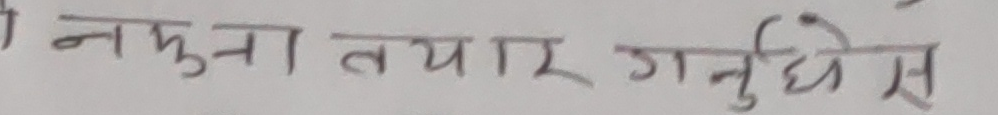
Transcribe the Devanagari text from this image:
नमुना तयार गर्नुधेस